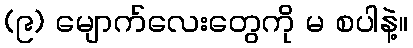
(၉) မျောက်လေးတွေကို မ စပါနဲ့။